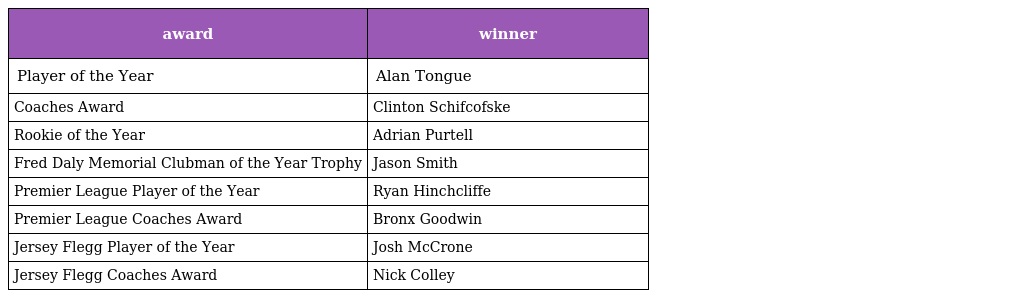
| award | winner |
 | --- | --- |
 | Player of the Year | Alan Tongue |
 | Coaches Award | Clinton Schifcofske |
 | Rookie of the Year | Adrian Purtell |
 | Fred Daly Memorial Clubman of the Year Trophy | Jason Smith |
 | Premier League Player of the Year | Ryan Hinchcliffe |
 | Premier League Coaches Award | Bronx Goodwin |
 | Jersey Flegg Player of the Year | Josh McCrone |
 | Jersey Flegg Coaches Award | Nick Colley |